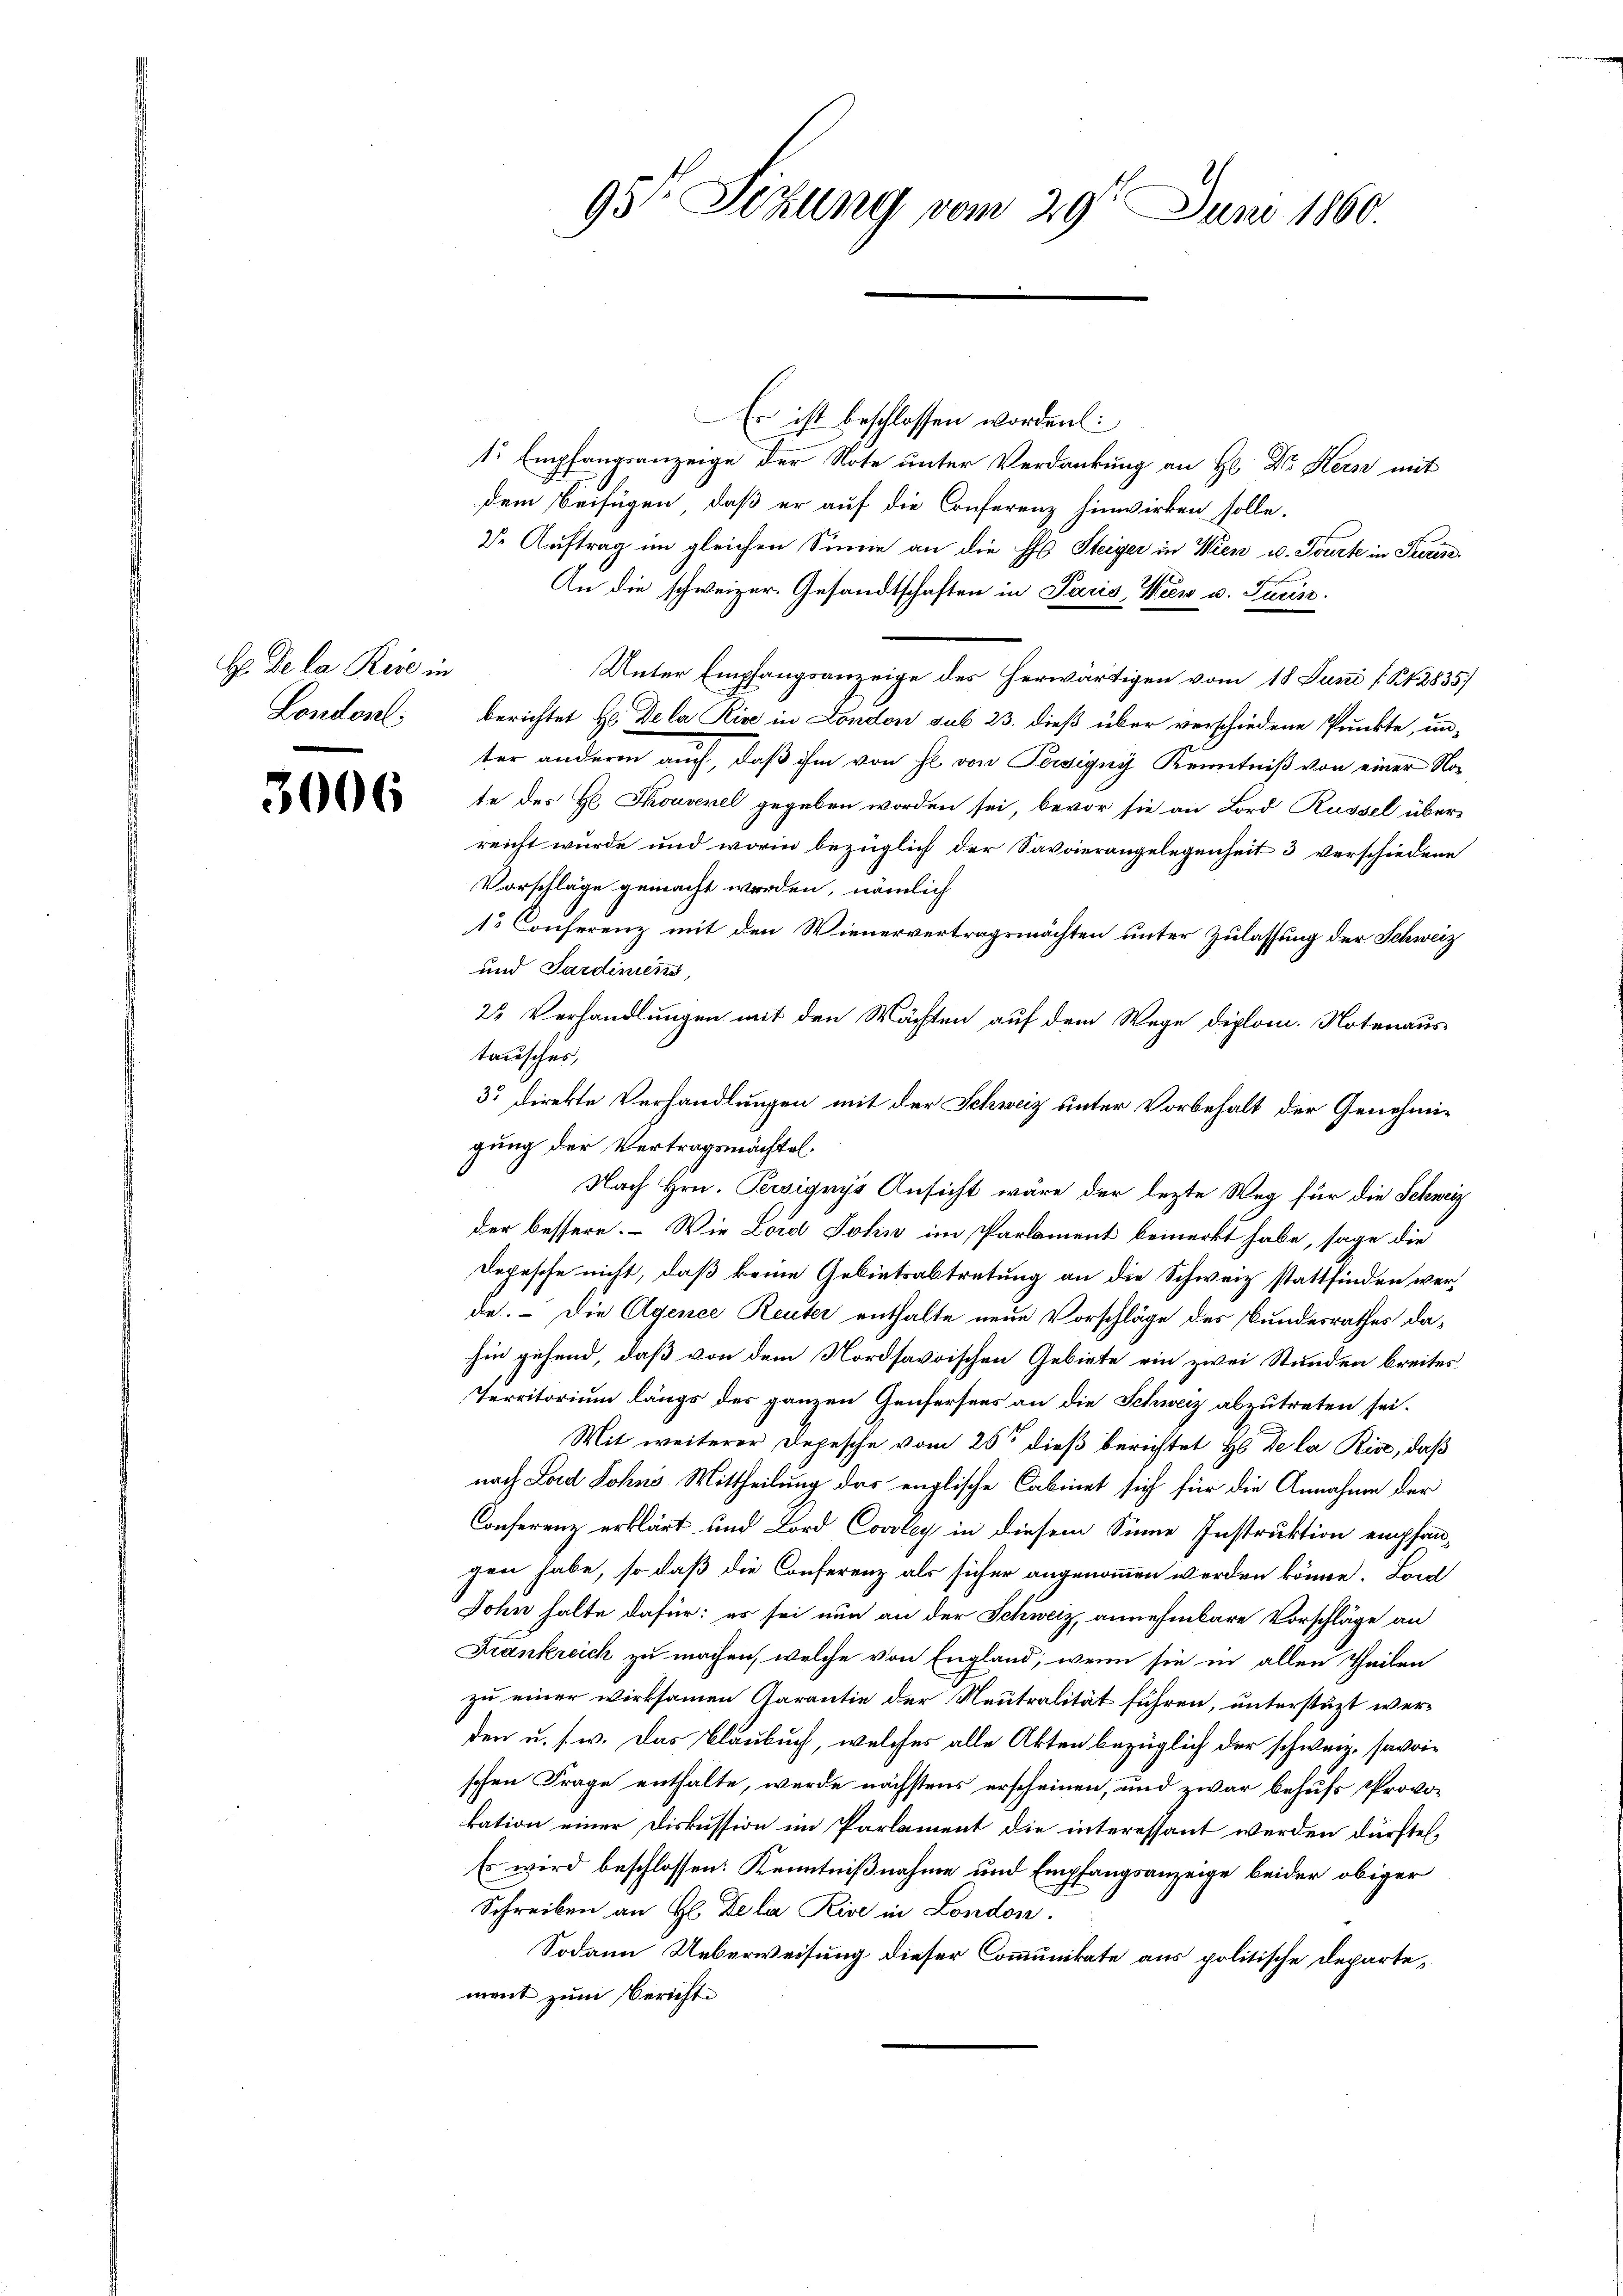
H. De la Rede in
Londonl.

3006

95t Sekung vom 29t Juni 1860.

Es ist beschlossen worden:
1r Empfangsanzeige der Note unter Verdankung an H. Dr Keise mit
dem Beifügen, daß er auf die Conferenz hinwirken solle.
D. Auftrag im gleichen Sinne an die H. Steiger in Wien u. Tourte in Puris
An die schweizer. Gesandtschaften in Paris, Wien u. Turin
Unter Empfangsanzeige des herwärtigen vom 18. Juni / Kt. 28357
berichtet Hr. Dela Kise in London sub 23. dieß über verschiedene Punkte, un-
ter anderen auch, daß ihm von se von Persigny Kenntniß von einer Vorte des H. Thouvenel gegeben worden sei, bevor sie an Lord Küssel über
reicht wurde und worin bezüglich der Savaierangelegenheit 3 verschiedene
Vorschläge gemacht werden, nämlich
1. Conferenz mit den Wienervertragsmachten unter Zulassung der Schweiz
und Sardiniens,
23 Verhandlungen mit den Wächten auf dem Wege diplom. Notenaus
tausches,
3. direkte Verhandlungen mit der Schweiz unter Vorbehalt der Genehmigung der Vertragsmächtel.
Nach Hrn. Persigniss Ansicht wäre der lezte Weg für die Schweiz
der bessere. – Wie Lord John im Parlament bemerkt habe, sage die
Depesche nicht, daß keine Gebietsabtretung an die Schweiz stattfinden werde. – Die Agence Reuter enthalte neue Vorschläge des Bundesrathes dahin gehend, daß von dem Nordsavoischen Gebiete ein zwei Stunden breites
Territorium längs des ganzen Genfersees an die Schweiz abzutreten sei.
Mit weiterer Depesche vom 25ten dieß berichtet H De la Rin, daß
nach Land Johns Mittheilung des englische Cabinet sich für die Annahme der
Conferenz erklärt und Lord Covoley in diesem Sinne Instruktion empfangen habe, so daß die Conferenz als sicher angenommen werden könne. Lon
John halte dafür: es sei nun an der Schweiz, annehmbare Vorschläge an
Frankreich zu machen, welche von England, wenn sie in allen Theilen
zu einer wirksamen Garantie der Neutralität führen, unterstüzt werden u. s. w. Das Blaubuch, welches alle Akten bezüglich der schweiz. savoischen Frage enthalte, werde nächstens erscheinen, und zwar behufs Provo-
kation einer Diskussion im Parlament die interessant werden dürfte,
Es wird beschlossen: Kenntnißnahme und Empfangsanzeige beider obiger
Schreiben an H. Delia Rise in London.
Sodann Ueberweisung dieser Communikate aus politische Departement zum Berichte